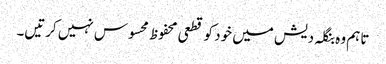
تاہم وہ بنگلہ دیش میں خود کو قطعی محفوظ محسوس نہیں کرتیں۔